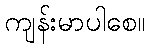
ကျန်းမာပါစေ။